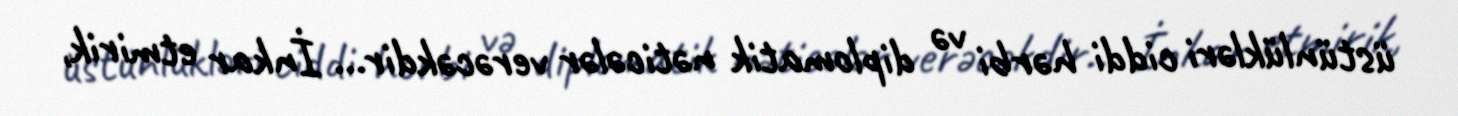
üstünlükləri ciddi hərbi və diplomatik nəticələr verəcəkdir... İnkar etmirik,